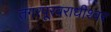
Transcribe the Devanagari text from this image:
तगरपूरवराधीश्वर